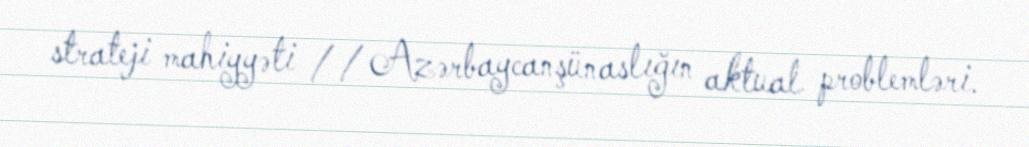
strateji mahiyyəti // Azərbaycanşünaslığın aktual problemləri.